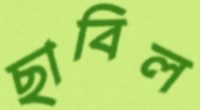
ছাবিল